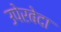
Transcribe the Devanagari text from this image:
उपेरबेदा